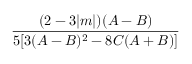
\frac { ( 2 - 3 | m | ) ( A - B ) } { 5 [ 3 ( A - B ) ^ { 2 } - 8 C ( A + B ) ] }